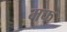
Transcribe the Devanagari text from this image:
मफ